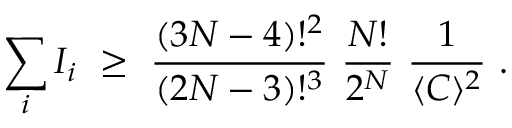
\sum _ { i } I _ { i } \, \, \ge \, \, \displaystyle { \frac { ( 3 N - 4 ) ! ^ { 2 } } { ( 2 N - 3 ) ! ^ { 3 } } } \, \, \displaystyle { \frac { N ! } { 2 ^ { N } } } \, \, \displaystyle { \frac { 1 } { \langle C \rangle ^ { 2 } } } \, \, .